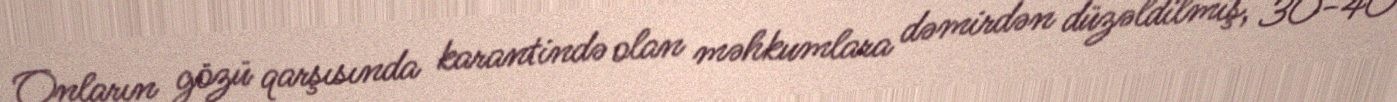
Onların gözü qarşısında karantində olan məhkumlara dəmirdən düzəldilmiş, 30-40